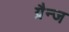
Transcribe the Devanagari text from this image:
ग्रैन्ज